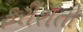
ફરીશતો